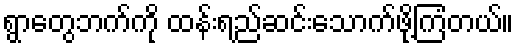
ရွာတွေဘက်ကို ထန်းရည်ဆင်းသောက်ဖို့ကြံတယ်။